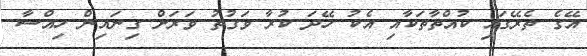
އޭގެ ތެރޭގައި ކުއްތާތަކާއި އެކު ހޭދަ ކުރާ ވަގުތު ވަރަށް ގިނައިން ހިއްސާ